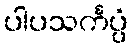
ပါပသင်္ကပ္ပံ